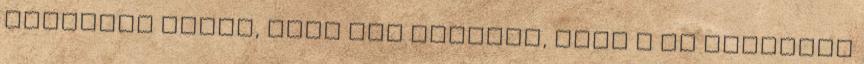
kerültem velük, hogy úgy éreztem, hogy a az érzelgõs